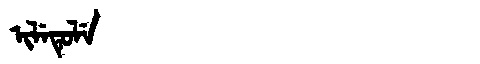
Manchu: ᡳᠯᡝᡨᡠᠯᡝ
Romanization: ILETULE